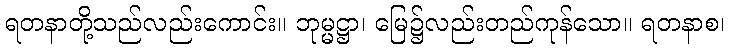
ရတနာတို့သည်လည်းကောင်း။ ဘုမ္မဋ္ဌာ၊ မြေ၌လည်းတည်ကုန်သော။ ရတနာစ၊